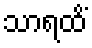
သာရထိံ